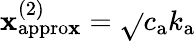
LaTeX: {\mathbf{x}_{\mathrm{{appro\mathbf{x}}}}^{(2)}=\sqrt{}{{c_{\mathrm{{a}}}k_{\mathrm{{a}}}}}}